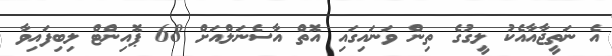
އެ ނަތީޖާއާއެކު ލީގުގެ ތިން ވަނައިގައި އޮތް އާސެނަލްއަށް 68 ޕޮއިންޓް ލިބިފައިވާ